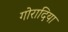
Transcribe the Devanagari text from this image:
गोरादिया